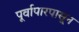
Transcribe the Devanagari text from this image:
पूर्वापारपासून